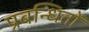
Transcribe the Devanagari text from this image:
प्रबन्धितों